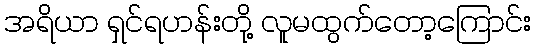
အရိယာ ရှင်ရဟန်းတို့ လူမထွက်တော့ကြောင်း